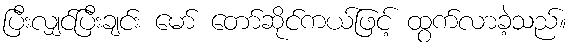
ပြီးလျှင်ပြီးချင်း မော် တော်ဆိုင်ကယ်ဖြင့် ထွက်လာခဲ့သည်။